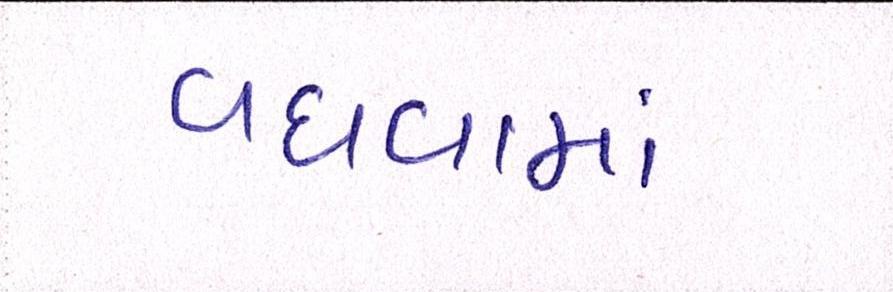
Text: વધવામાં